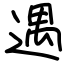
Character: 遇